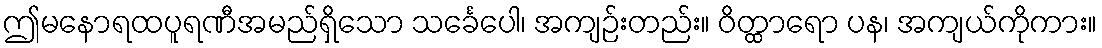
ဤမနောရထပူရဏီအမည်ရှိသော သင်္ခေပေါ၊ အကျဉ်းတည်း။ ဝိတ္ထာရော ပန၊ အကျယ်ကိုကား။